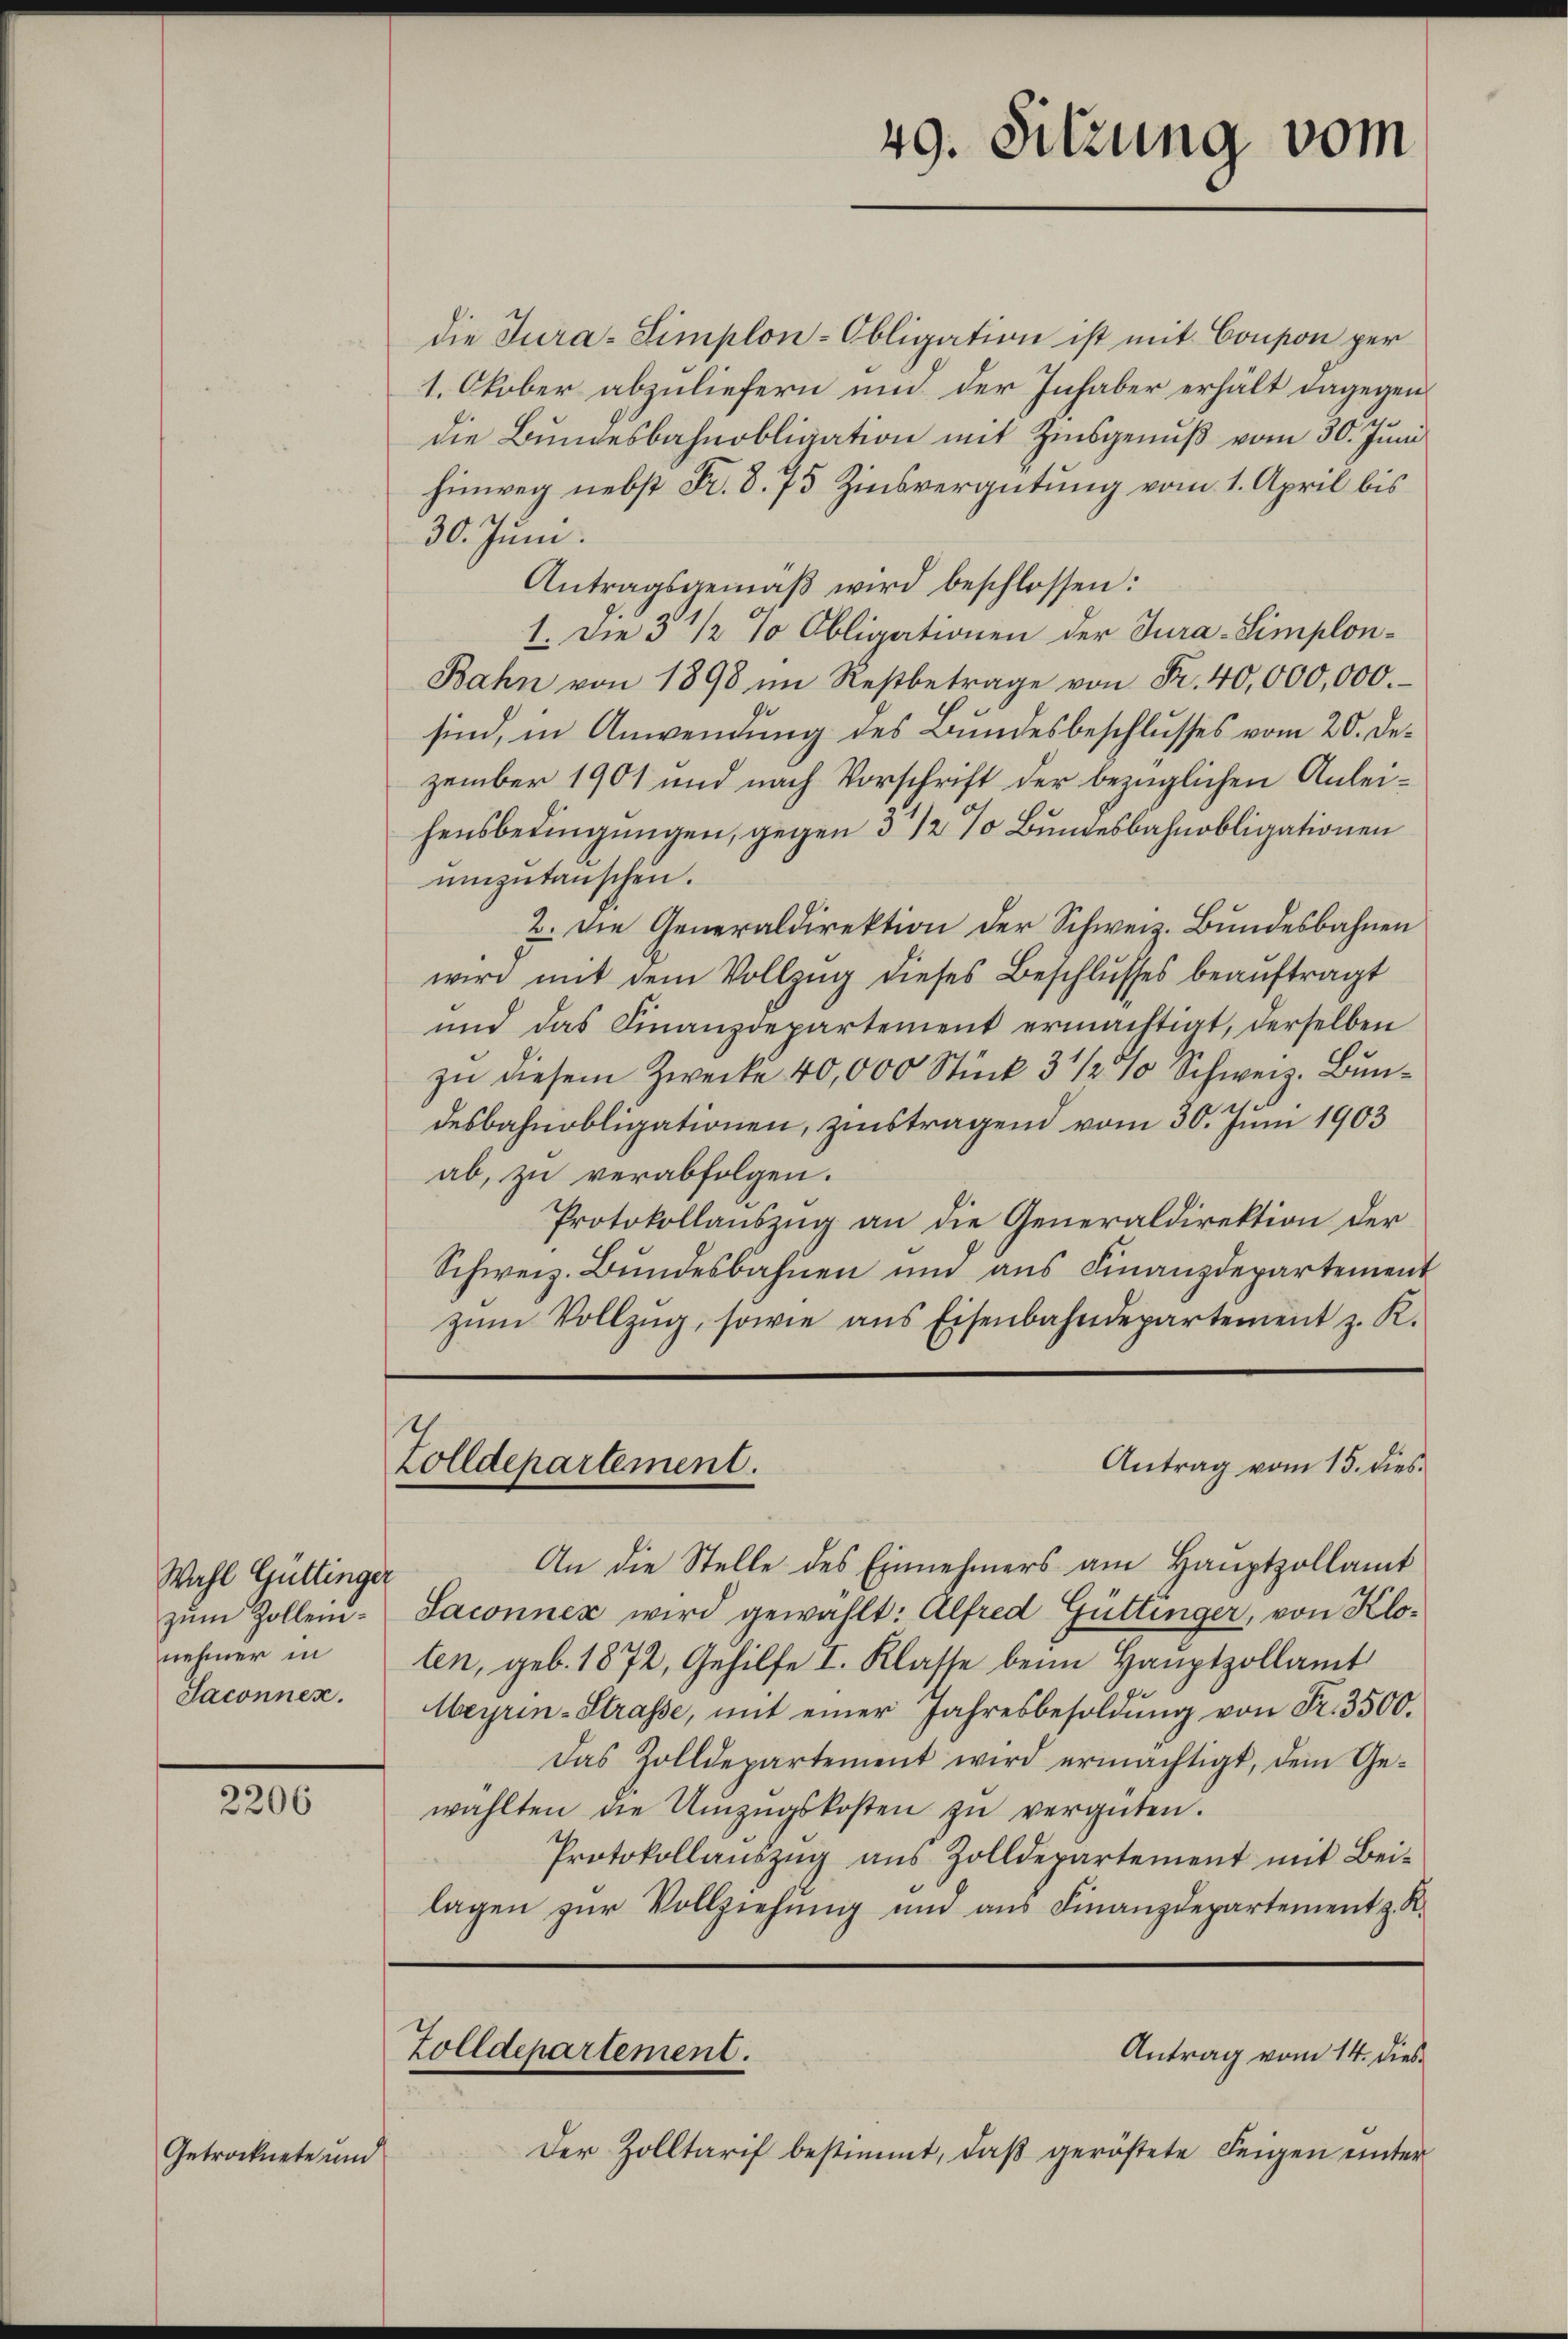
Wahl Güttinger
zŭm Zollennehmer in
Saconnen.

2206

Getrocknete und

die Tura-Simplon-Obligation ist mit Coupon per
1. Okober abzuliefern und der Inhaber erhält dagegen
die Bundesbahnobligation mit Zinsgenuß vom 30. Juni
hinweg nebst Fr. 8. 75 Zinsvergütung vom 1. April bis
30. Juni.
Antragsgemäβ wird beschlossen:
1. Die 3 1/2 % Obligationen der Jura-Simplon¬
Bahn von 1898 im Restbetrage von Fr. 40,000,000.
sind, in Anwendung des Bundesbeschlusses vom 20. Dezember 1901 und nach Vorschrift der bezüglichen Anleifensbedingungen, gegen 3 1/2 % Bundesbahnobligationen
ŭmzŭtanschen.
2. Die Generaldirektion der Schweiz. Bundesbahnen
wird mit dem Vollzug dieses Beschlusses beauftragt
und das Finanzdepartement ermachtigt, derselben
zu diesem Zwecke 40,000 Stück 3 1/2% Schweiz. Bundesbahnobligationen, zinstragend vom 30. Juni 1903
ab, zu verabfolgen.
Protokollauszug an die Generaldirektion der
Schweiz. Bundesbahnen und aus Finanzdepartement
zŭm Vollzŭg, sowie ans Eisenbahndepartement z. R.
Antrag vom 15. dies
Zolldepartement.
An die Stelle des Einnehmers am Hauptzollamt
Saconnex wird gewählt: Alfred Güttinger, von Klolen, geb. 1872, Gehilfe I. Klasse beim Hauptzollamt
Meyrin-Strasse, mit einer Jahresbesoldŭng von Fr. 3500.
Das Zolldepartement wird ermächtigt, dem Ge-
wählten die Umzŭgskosten zŭ vergüten.
Protokollaŭszŭg aŭs Zolldepartement mit Bei-
lagen zur Vollziehung und aus Finanzdepartement z. R.

49. Sitzung vom

Zolldepartement.
Antrag vom 14. dies

Der Zolltarif bestimmt, daß geröstete Feigen unter